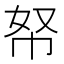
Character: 帑